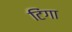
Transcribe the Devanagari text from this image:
टिंगा